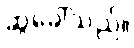
ဆွဲခေါ်သည်။